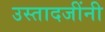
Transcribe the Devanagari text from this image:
उस्तादजींनी